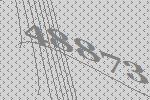
48873